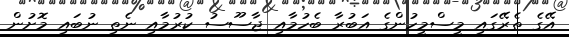
އޭގެ ތެރޭގައި މީސްމީހުންގެ އަބުރާ ބެހުމާއި ޖާސޫސު ކުރުމާއި ނެތި ނުބައި މޮށުން